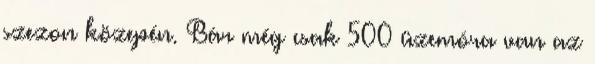
szezon közepén. Bár még csak 500 üzemóra van az